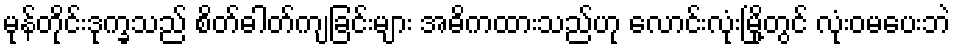
မုန်တိုင်းဒုက္ခသည် စိတ်ဓါတ်ကျခြင်းများ အဓိကထားသည်ဟု လောင်းလုံးမြို့တွင် လုံးဝမပေးဘဲ